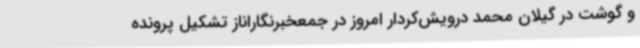
و گوشت در گیلان محمد درویش‌کردار امروز در جمعخبرنگاراناز تشکیل پرونده